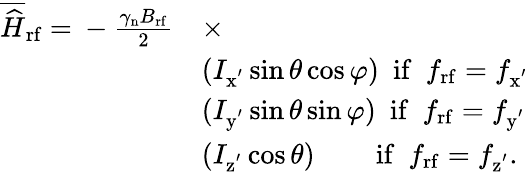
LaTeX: \begin{array}{rl}{\overline{{\widehat{H}}}_{\mathrm{rf}}~{=}~-\frac{\gamma_{\mathrm{n}}B_{\mathrm{rf}}}{2}}&{\times}\\ &{(I_{\mathrm{x^{'}}}\sin{\theta}\cos{\varphi})~~\mathrm{if}~~f_{\mathrm{rf}}=f_{\mathrm{x^{'}}}}\\ &{(I_{\mathrm{y^{'}}}\sin{\theta}\sin{\varphi})~~\mathrm{if}~~f_{\mathrm{rf}}=f_{\mathrm{y^{'}}}}\\ &{(I_{\mathrm{z^{'}}}\cos{\theta})~~~~~~~~\, \mathrm{if}~~f_{\mathrm{rf}}=f_{\mathrm{z^{'}}}.}\end{array}